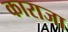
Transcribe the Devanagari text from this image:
काराजा